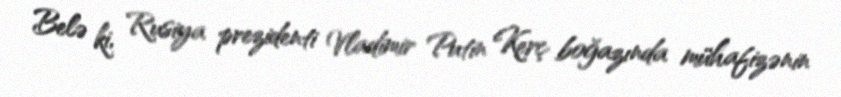
Belə ki, Rusiya prezidenti Vladimir Putin Kerç boğazında mühafizənin